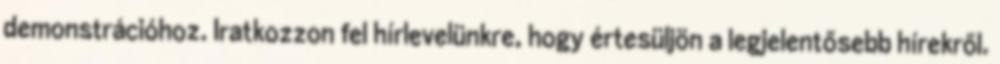
demonstrációhoz. Iratkozzon fel hírlevelünkre, hogy értesüljön a legjelentősebb hírekről.